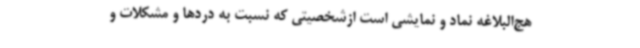
هج‌البلاغه نماد و نمایشی است ازشخصیتی که نسبت به دردها و مشکلات و